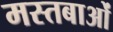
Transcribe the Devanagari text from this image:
मस्तबाओं